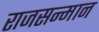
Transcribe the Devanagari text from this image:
राजसन्मान